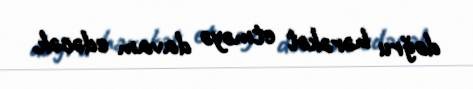
doğru hərəkət etməyə davam edəcək.